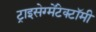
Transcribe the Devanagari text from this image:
ट्राइसेग्मेंटेक्टॉमी